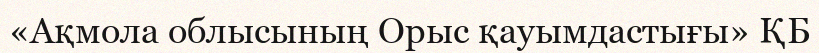
«Ақмола облысының Орыс қауымдастығы» ҚБ